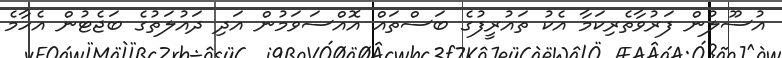
އުސޫލުން ފަރުވާތެރިކަމާ އެކު ތައުރީފުގެ ބަސްތައް އޮއްސަވަމުން އަދި ދައުލަތުގެ ބަޖެޓުން އެހާމެ